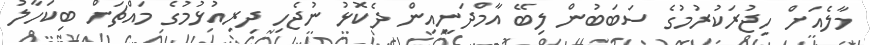
މާލެއަށް ހިޖުރަކުރުމުގެ ސަބަބުން ލިބޭ އާމްދަނީއިން ދެކޮޅު ނުޖެހި ދިރިއުޅުމުގެ މައްޗަށް ބިކަހާލު